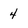
Character: 4